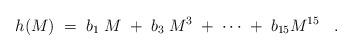
LaTeX: \begin{align*} h(M) \;=\; b_1 \; M \;+\; b_3 \; M^3 \; + \; \cdots \;+\; b_{15} M^{15} \;\;\;.\end{align*}